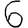
Digit: 6